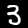
Label: 3